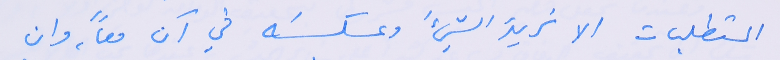
المتطلبات الا نريدَ الشيءَ وعكسَه في آن معاً، وان